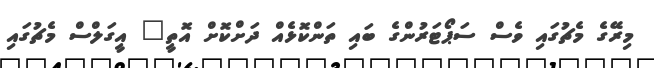
މިރޭގެ މެޗުގައި ވެސް ސަޕޯޓަރުންގެ ބައި ތަންކޮޅެއް ދަށްކޮށް އޮތީ" އީގަލްސް މެޗުގައި